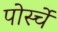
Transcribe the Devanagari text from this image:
पोर्स्चे